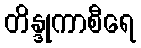
တိန္ဒုကာစီရေ